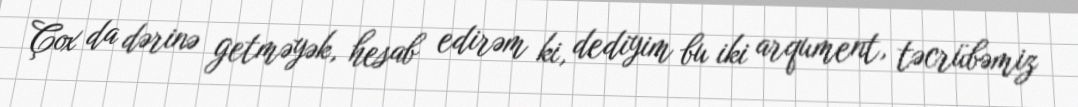
Çox da dərinə getməyək, hesab edirəm ki, dediyim bu iki arqument, təcrübəmiz